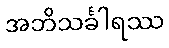
အဘိသင်္ခါရဿ